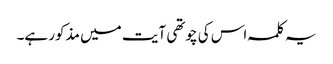
یہ کلمہ اس کی چوتھی آیت میں مذکور ہے۔